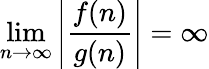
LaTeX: \operatorname*{lim}_{n\to\infty}\left|{\frac{f(n)}{g(n)}}\right|=\infty